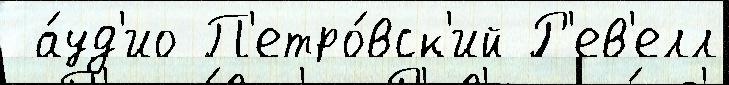
 а́уд'ио П'етро́вск'ий Р'ев'елл